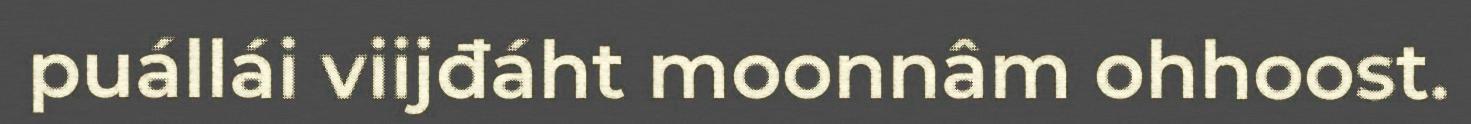
puállái viijđáht moonnâm ohhoost.